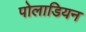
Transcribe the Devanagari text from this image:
पोलाडियन